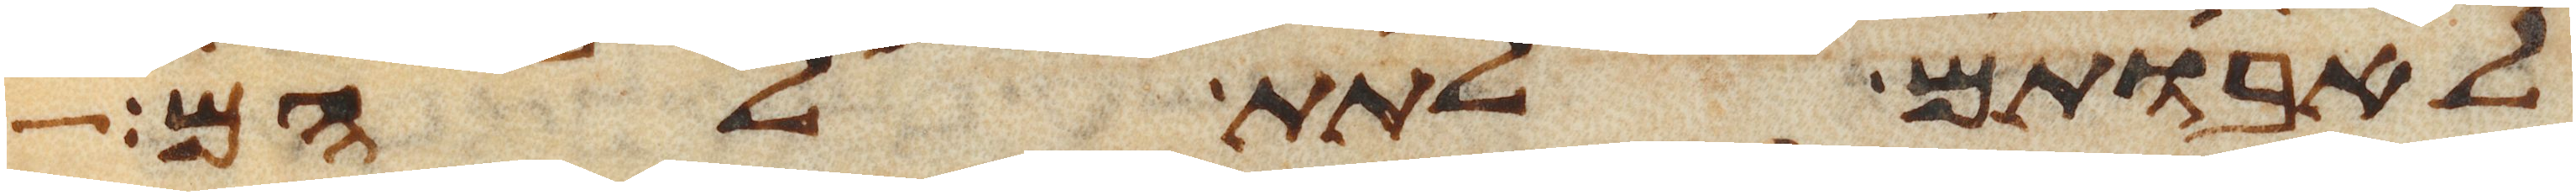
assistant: לאבותם לתת להם